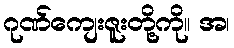
ဂုဏ်ကျေးဇူးတို့ကို။ အ၊